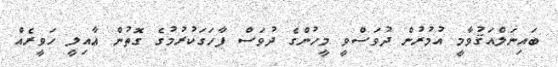
ބައިނަލްއަޤުވާމީ އުމުރުން ދުވަސްވީ މީހުންގެ ދުވަސް ފާހަގަކުރުމުގެ ގޮތުން ޢާއިލީ ހަވީރެއް